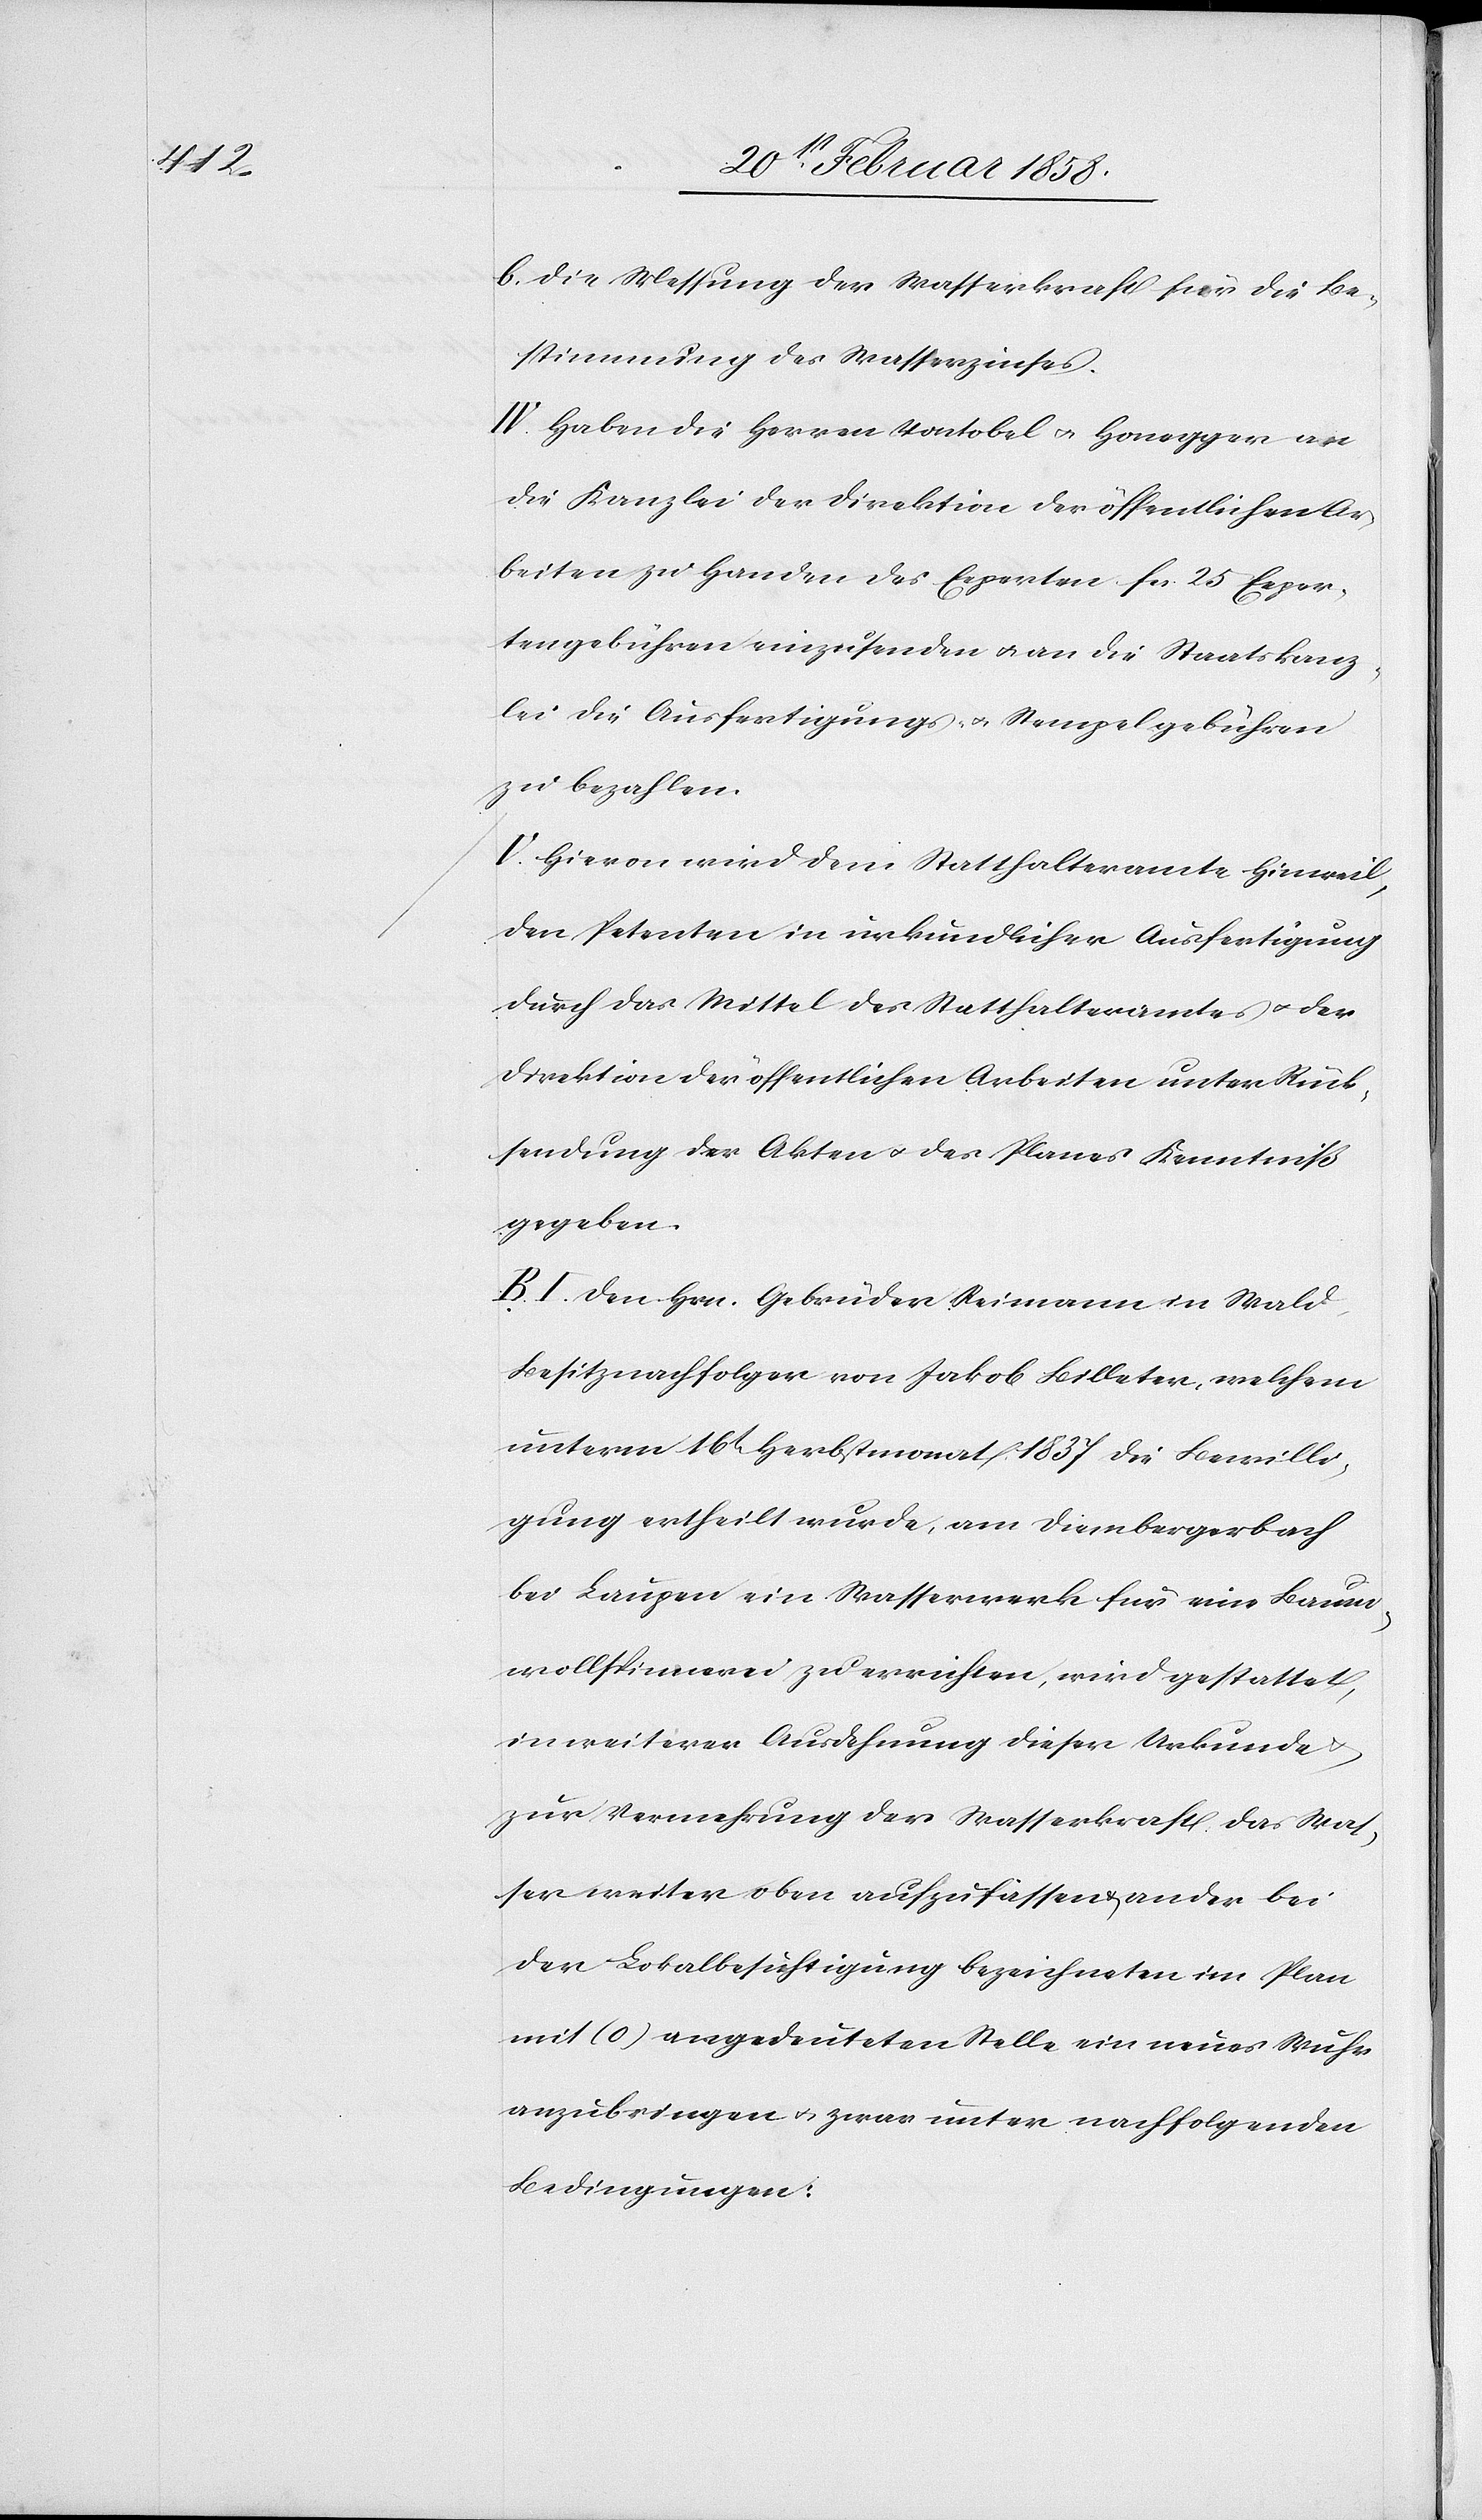
b. Die Messung der Wasserkraft für die Be¬
stimmung des Wasserzinses.
IV. Haben die Herren Vontobel u. Honegger an
die Kanzlei der Direktion der öffentlichen Ar¬
beiten zu Handen des Experten fcs. 25 Exper¬
tengebühren einzusenden u. an die Staatskanz¬
lei die Ausfertigungs- u. Stempelgebühren
zu bezahlen.
V. Hievon wird dem Statthalteramte Hinweil,
den Petenten in urkundlicher Ausfertigung
durch das Mittel des Statthalteramtes u. der
Direktion der öffentlichen Arbeiten unter Rück¬
sendung der Akten u. des Planes Kenntniß
gegeben.
B. I. Den Hrn. Gebrüder Reimann in Wald,
Besitznachfolger von Jakob Billeter, welchem
unterm 16t Herbstmonat 1837 die Bewilli¬
gung ertheilt wurde, am Diembergerbach
bei Laupen ein Wasserwerk für eine Baum¬
wollspinnerei zu errichten, wird gestattet,
in weiterer Ausdehnung dieser Urkunde
zur Vermehrung der Wasserkraft, das Was¬
ser weiter oben aufzufassen u. an der bei
der Lokalbesichtigung bezeichneten im Plan
mit (O) angedeuteten Stelle ein neues Wuhr
anzubringen u. zwar unter nachfolgenden
Bedingungen: